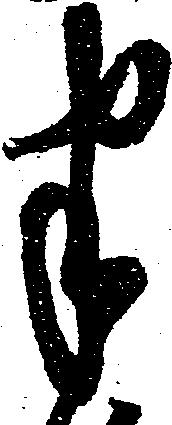
半